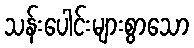
သန်းပေါင်းများစွာသော